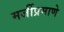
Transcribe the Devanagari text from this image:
मर्जीप्रमाणे